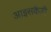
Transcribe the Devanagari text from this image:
आइसकैंडी